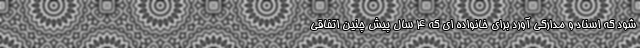
شود که اسناد و مدارکی آورد برای خانواده ای که ۴ سال پیش چنین اتفاقی